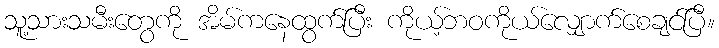
သူ့သားသမီးတွေကို အိမ်ကနေထွက်ပြီး ကိုယ့်ဘဝကိုယ်လျှောက်စေချင်ပြီ။